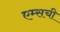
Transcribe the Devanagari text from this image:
एम्सची